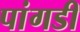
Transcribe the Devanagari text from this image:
पांगडी